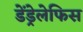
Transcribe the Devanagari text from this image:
डेंड्रेलेफिस